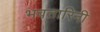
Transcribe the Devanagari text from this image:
भवतारिनी